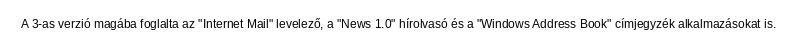
A 3-as verzió magába foglalta az "Internet Mail" levelező, a "News 1.0" hírolvasó és a "Windows Address Book" címjegyzék alkalmazásokat is.